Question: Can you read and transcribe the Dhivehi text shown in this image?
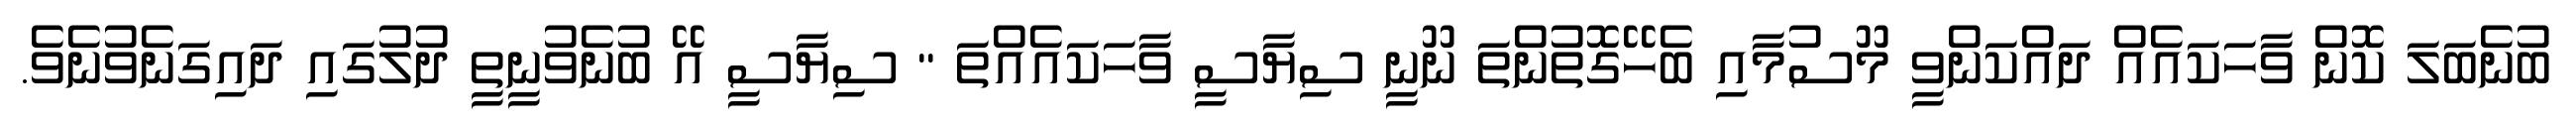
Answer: ބުނެބަލަ ކޮން ވާހަކައެއް ދައްކަންވީ މޫސުމާއި ބެހޭގޮތުންތަ ނޫނީ ސިޔާސީ ވާހަކައެއްތަ " ސިޔާސީ އޭ ބުނެވުނީތީ ދުލުގައި ދައިގަނެވުނެވެ.